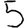
Digit: 5